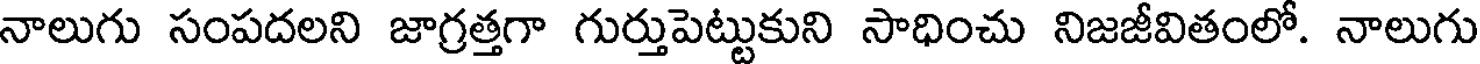
నాలుగు సంపదలని జాగ్రత్తగా గుర్తుపెట్టుకుని సాధించు నిజజీవితంలో. నాలుగు